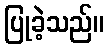
ပြုခဲ့သည်။